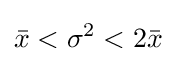
{\bar {x}}<\sigma ^{2}<2{\bar {x}}